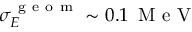
\sigma _ { E } ^ { \mathrm { ~ g ~ e ~ o ~ m ~ } } \sim 0 . 1 \, \mathrm { ~ M ~ e ~ V ~ }